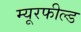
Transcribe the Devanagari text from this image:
म्यूरफील्ड